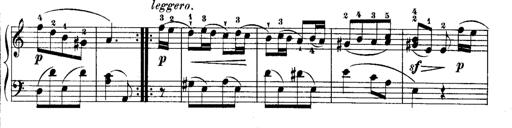
Title: Rondos and Sonatinas for Pianoforte
Composer: Daniel Steibelt